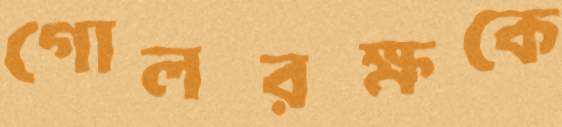
গোলরক্ষকে